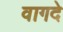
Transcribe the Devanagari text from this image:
वागदे